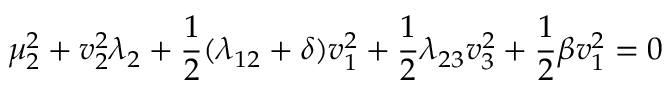
\mu _ { 2 } ^ { 2 } + v _ { 2 } ^ { 2 } \lambda _ { 2 } + \frac { 1 } { 2 } ( \lambda _ { 1 2 } + \delta ) v _ { 1 } ^ { 2 } + \frac { 1 } { 2 } \lambda _ { 2 3 } v _ { 3 } ^ { 2 } + \frac { 1 } { 2 } \beta v _ { 1 } ^ { 2 } = 0